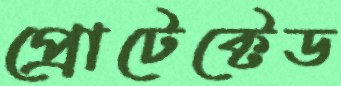
প্রোটেক্টেড